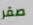
صقر